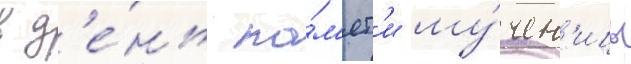
в д'е́нь па́м'ят'и му́чен'ицы